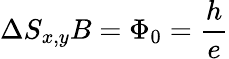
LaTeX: \Delta S_{x,y}B=\Phi_{0}=\frac{h}{e}